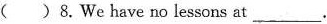
( )8.We have no lessons at ___.